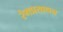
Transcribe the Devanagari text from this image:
रंगप्रसाधन